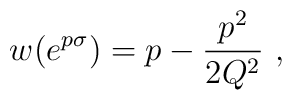
w (e^{p\sigma}) = p - {p^2 \over 2 Q^2} \ ,